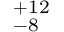
^ { + 1 2 } _ { - 8 }